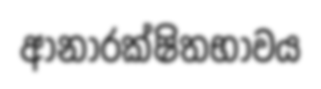
ආනාරක්ෂිතභාවය